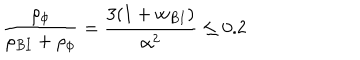
{ \frac { \rho _ { \phi } } { \rho _ { B I } + \rho _ { \phi } } } = { \frac { 3 ( 1 + w _ { B I } ) } { \alpha ^ { 2 } } } \le 0 . 2